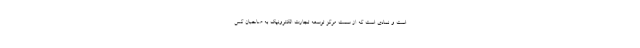
است و نمادی است که از سمت مرکز توسعه تجارت الکترونیک به صاحبان کس